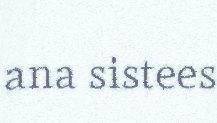
ana sistees